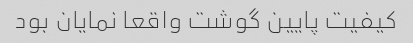
کیفیت پایین گوشت واقعا نمایان بود